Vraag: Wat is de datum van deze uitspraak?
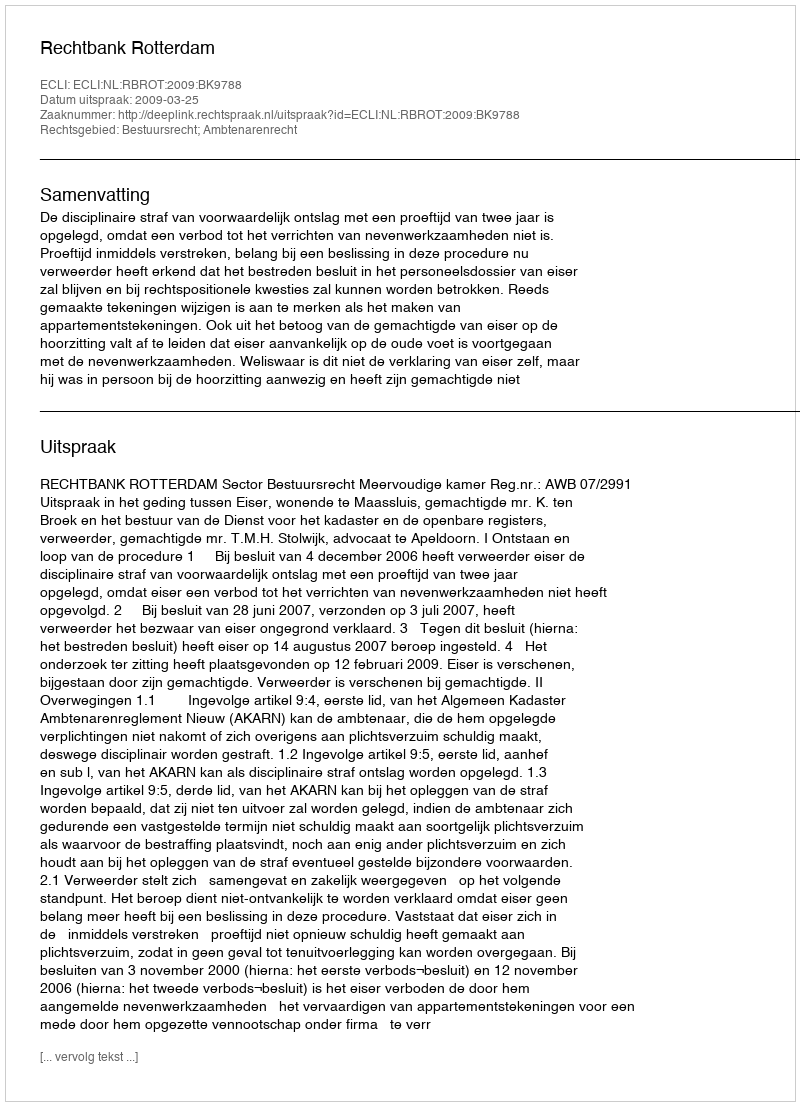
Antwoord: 2009-03-25